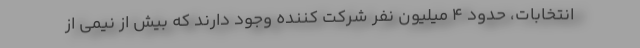
انتخابات، حدود 4 میلیون نفر شرکت کننده وجود دارند که بیش از نیمی از